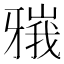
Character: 𬌘